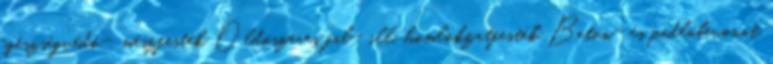
egészségvédő-, mészfesték Oldószeres fal- ill. homlokzatfesték Beton- és padlóbevonat